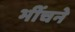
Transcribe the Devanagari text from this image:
भींचने